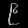
Digit: ၉